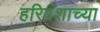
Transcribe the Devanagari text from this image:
हरिवंशाच्या